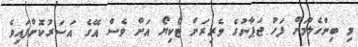
މި ބިންހެލުމަށް ފަހު ޖަޕާނުގެ ވެރިރަށް ޓޯކިޔޯ އަށް ވެސް އޭގެ އަސަރުކޮށްފައިވެ